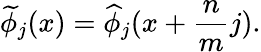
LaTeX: \widetilde{\phi}_{j}(x)=\widehat{\phi}_{j}(x+\frac{n}{m}j).